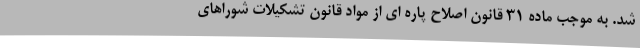
شد. به موجب ماده ۳۱ قانون اصلاح پاره ای از مواد قانون تشکیلات شوراهای